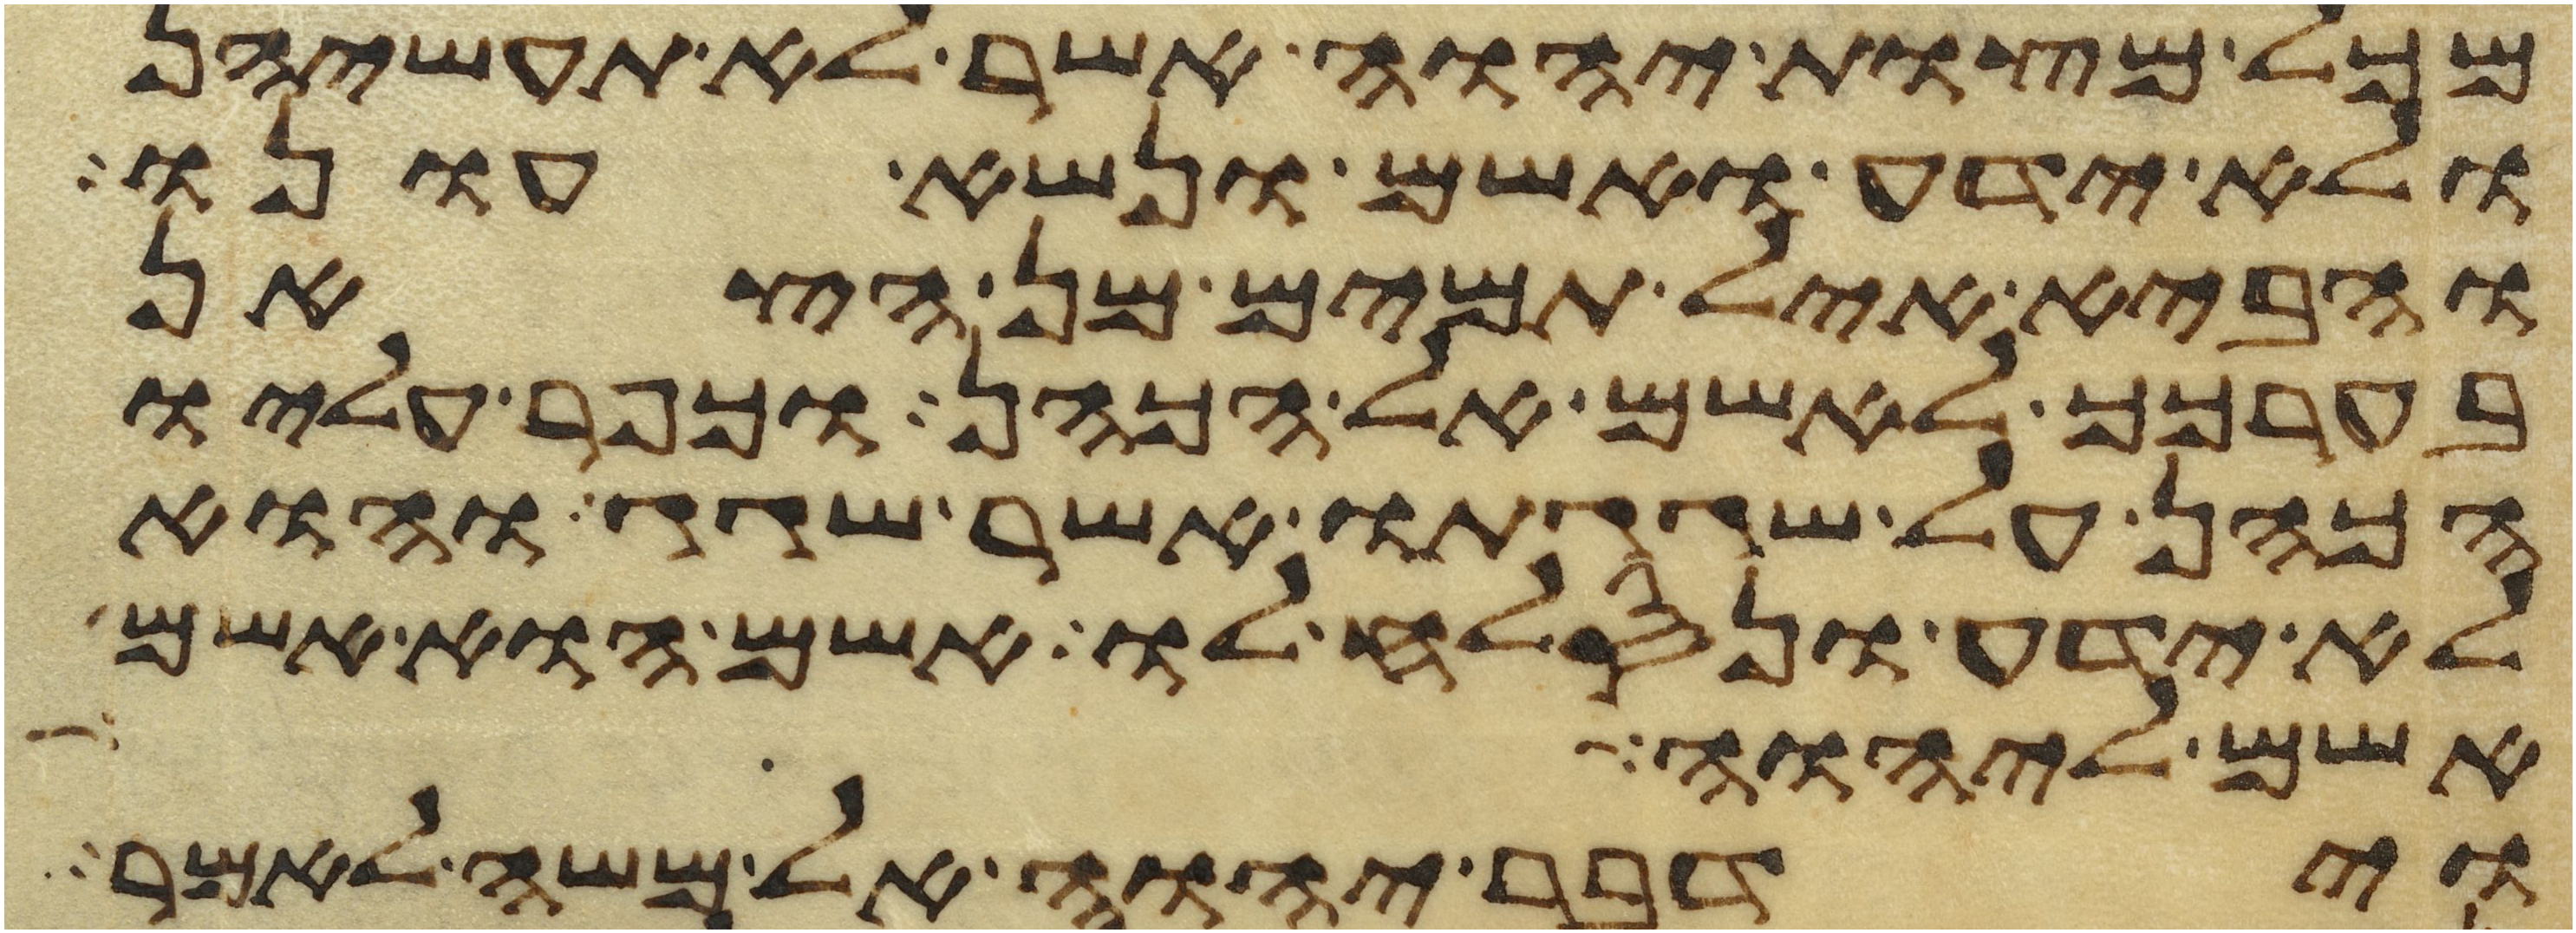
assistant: מכל מצות יהוה אשר לא תעשיהן
ולא ידע ואשם ונשא עונו
והביא איל תמים מן הצאן
בערכך לאשם אל הכהן וכפר עליו
הכהן על שגגתו אשר שגג והוא
לא ידע ונסלח לו אשם הוא אשם
אשם ליהוה
וידבר יהוה אל משה לאמר